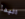
البدأ